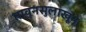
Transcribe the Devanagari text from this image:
तावूनसुलाखून